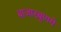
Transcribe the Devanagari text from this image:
बाजारबुणगे